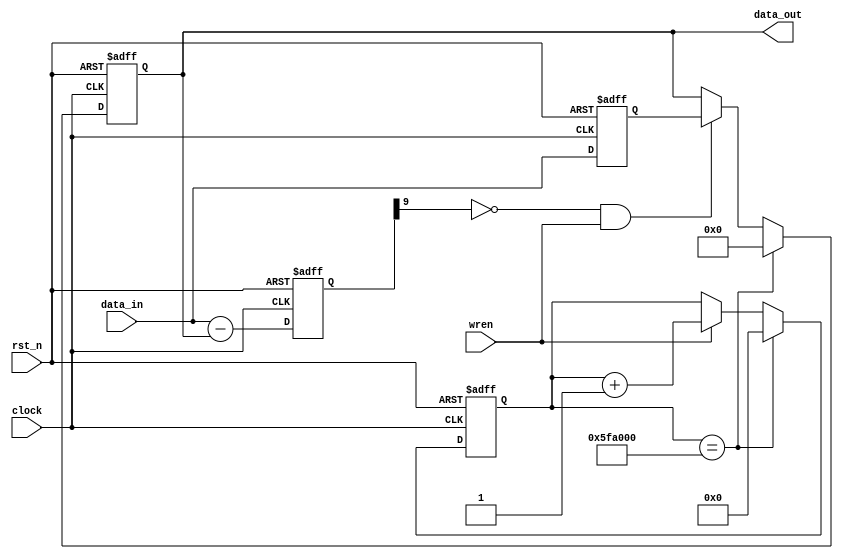
/**/
`define SET_TIME 	32'h5FA_000	//
	module Right_ctr(
		data_in,data_out,clock,rst_n,wren
	);

	input							clock;						//
	input							rst_n;            		//
	input							wren;             		//
																	
	input	 	[ 8:0]			data_in;          		//
	output 	[ 8:0]			data_out;         		//
																	
	reg 		[ 8:0]			data_out;         		
	reg 		[ 8:0]			data_out_n;       		//
	reg 		[ 8:0]			data_out_reg;     		//
	wire 		[ 8:0]			data_out_reg_n;   		//
																	
	reg 		[ 9:0]			data_out_sub;     		//
	wire 		[ 9:0]			data_out_sub_n;   		//

	reg		[31:0]			time_cnt;					//1s
	reg		[31:0]			time_cnt_n;					//time_cnt

	/**/
	always @ (posedge clock or negedge rst_n)
	begin
		if(!rst_n)
			time_cnt	<= 32'h0;
		else
			time_cnt	<= time_cnt_n;
	end

	/* ,1s */
	always @ (*)
	begin
		if(time_cnt == `SET_TIME)  
			time_cnt_n = 32'h0;
		else if(wren)
			time_cnt_n = time_cnt + 32'h1;
		else
			time_cnt_n = time_cnt;
	end
	
	/**/
	always @ (posedge clock or negedge rst_n)
	begin
		if(!rst_n)
			data_out_reg <= 9'h0;
		else
			data_out_reg <= data_out_reg_n;
	end

	/* ,AD */
	assign data_out_reg_n = data_in;

	/**/
	always @ (posedge clock or negedge rst_n)
	begin
		if(!rst_n)
			data_out_sub <= 1'h0;
		else
			data_out_sub <= data_out_sub_n;
	end	

	assign data_out_sub_n = {1'h0, data_in} - {1'h0, data_out};
	
	/**/
	always @ (posedge clock or negedge rst_n)
	begin
		if(!rst_n)
			data_out	<= 9'h000;
		else
			data_out	<= data_out_n;
	end

	/* , */
	always @ (*)
	begin
		if(time_cnt == `SET_TIME) 
			data_out_n = 9'h000;
		else if(!data_out_sub[9] && wren)
			data_out_n = data_out_reg;
		else
			data_out_n = data_out;
	end

	
endmodule